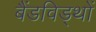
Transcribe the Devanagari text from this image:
बैंडविड्थों